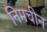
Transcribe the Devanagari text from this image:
निमचीन